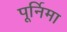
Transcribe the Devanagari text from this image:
पूर्निमा